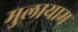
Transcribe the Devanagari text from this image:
मुलायाम